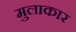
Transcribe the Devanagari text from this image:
मुलाकार